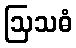
ဩသဓံ